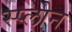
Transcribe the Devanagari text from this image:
स्प्लोन